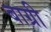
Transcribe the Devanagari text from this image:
बाग्री